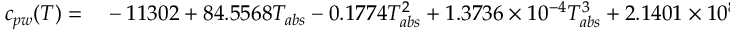
\begin{array} { r l } { c _ { p w } ( T ) = } & { { } - 1 1 3 0 2 + 8 4 . 5 5 6 8 T _ { a b s } - 0 . 1 7 7 4 T _ { a b s } ^ { 2 } + 1 . 3 7 3 6 \times 1 0 ^ { - 4 } T _ { a b s } ^ { 3 } + 2 . 1 4 0 1 \times 1 0 ^ { 8 } / T _ { a b s } ^ { 2 } . } \end{array}